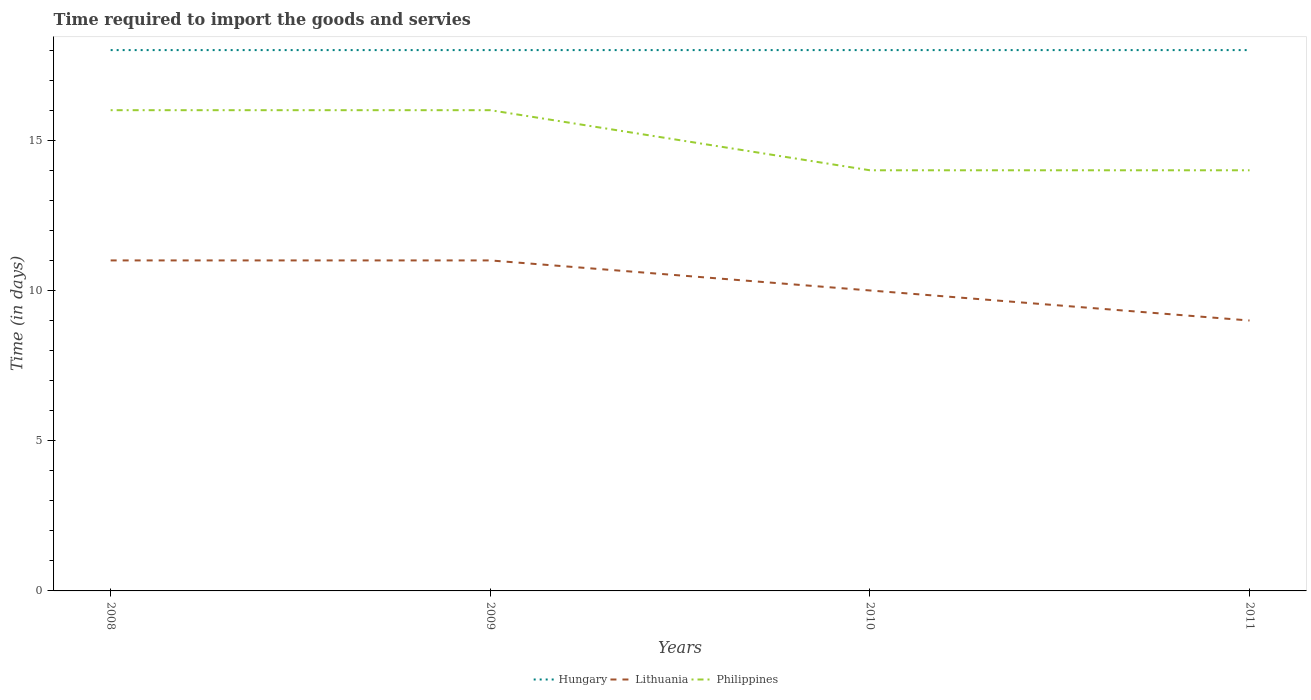
| Years | Hungary | Lithuania | Philippines |
 | --- | --- | --- | --- |
 | 2008 | 18 | 11 | 16 |
 | 2009 | 18 | 11 | 16 |
 | 2010 | 18 | 10 | 14 |
 | 2011 | 18 | 9 | 14 |